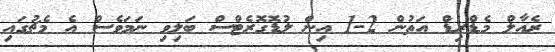
ރެއާލް މެޑްރިޑް އަތުން 2-1 އިން ލުޑޮގޮރެޓްސް ބަލިވި ނަމަވެސް އެ މެޗުގައި